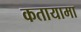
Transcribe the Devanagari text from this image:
कतायामा